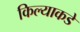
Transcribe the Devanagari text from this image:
किल्याकडे